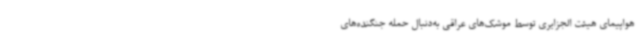
هواپیمای هیئت الجزایری توسط موشک‌های عراقی به‌دنبال حمله جنگنده‌های